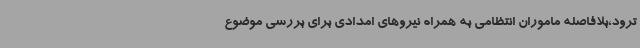
ترود،بلافاصله ماموران انتظامی به همراه نیروهای امدادی برای بررسی موضوع